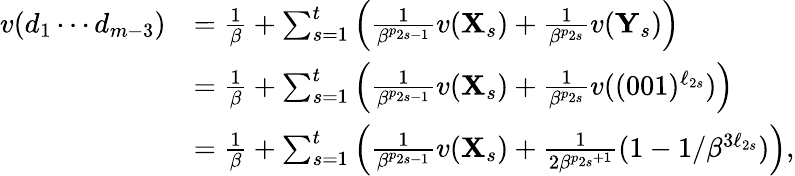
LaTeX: \begin{array}{rl}{v(d_{1}\cdots d_{m-3})}&{=\frac 1\beta+\sum_{s=1}^{t}\left(\frac 1{\beta^{p_{2s-1}}}v(\mathbf X_{s})+\frac 1{\beta^{p_{2s}}}v(\mathbf Y_{s})\right)}\\ &{=\frac 1\beta+\sum_{s=1}^{t}\left(\frac 1{\beta^{p_{2s-1}}}v(\mathbf X_{s})+\frac 1{\beta^{p_{2s}}}v((001)^{\ell_{2s}})\right)}\\ &{=\frac 1\beta+\sum_{s=1}^{t}\left(\frac 1{\beta^{p_{2s-1}}}v(\mathbf X_{s})+\frac 1{2\beta^{p_{2s}+1}}(1-1/\beta^{3\ell_{2s}})\right),}\end{array}